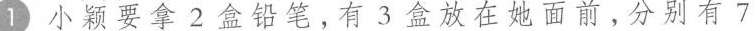
1 小颖要拿2盒铅笔，有3盒放在她面前，分别有7